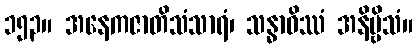
၁၅၃။ အနေကဇာတိသံသာရံ၊ သန္ဓာဝိဿံ အနိဗ္ဗိသံ။